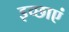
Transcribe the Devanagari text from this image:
इच्‍छाएं